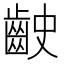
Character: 𪗧